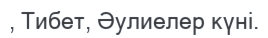
, Тибет, Әулиелер күні.